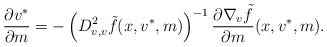
\begin{align*} \frac{\partial v^*}{\partial m}= - \left( D^2 _{v,v}\tilde f (x,v^*,m)\right)^{-1} \frac{\partial \nabla_v \tilde f }{\partial m}(x,v^*,m).\end{align*}